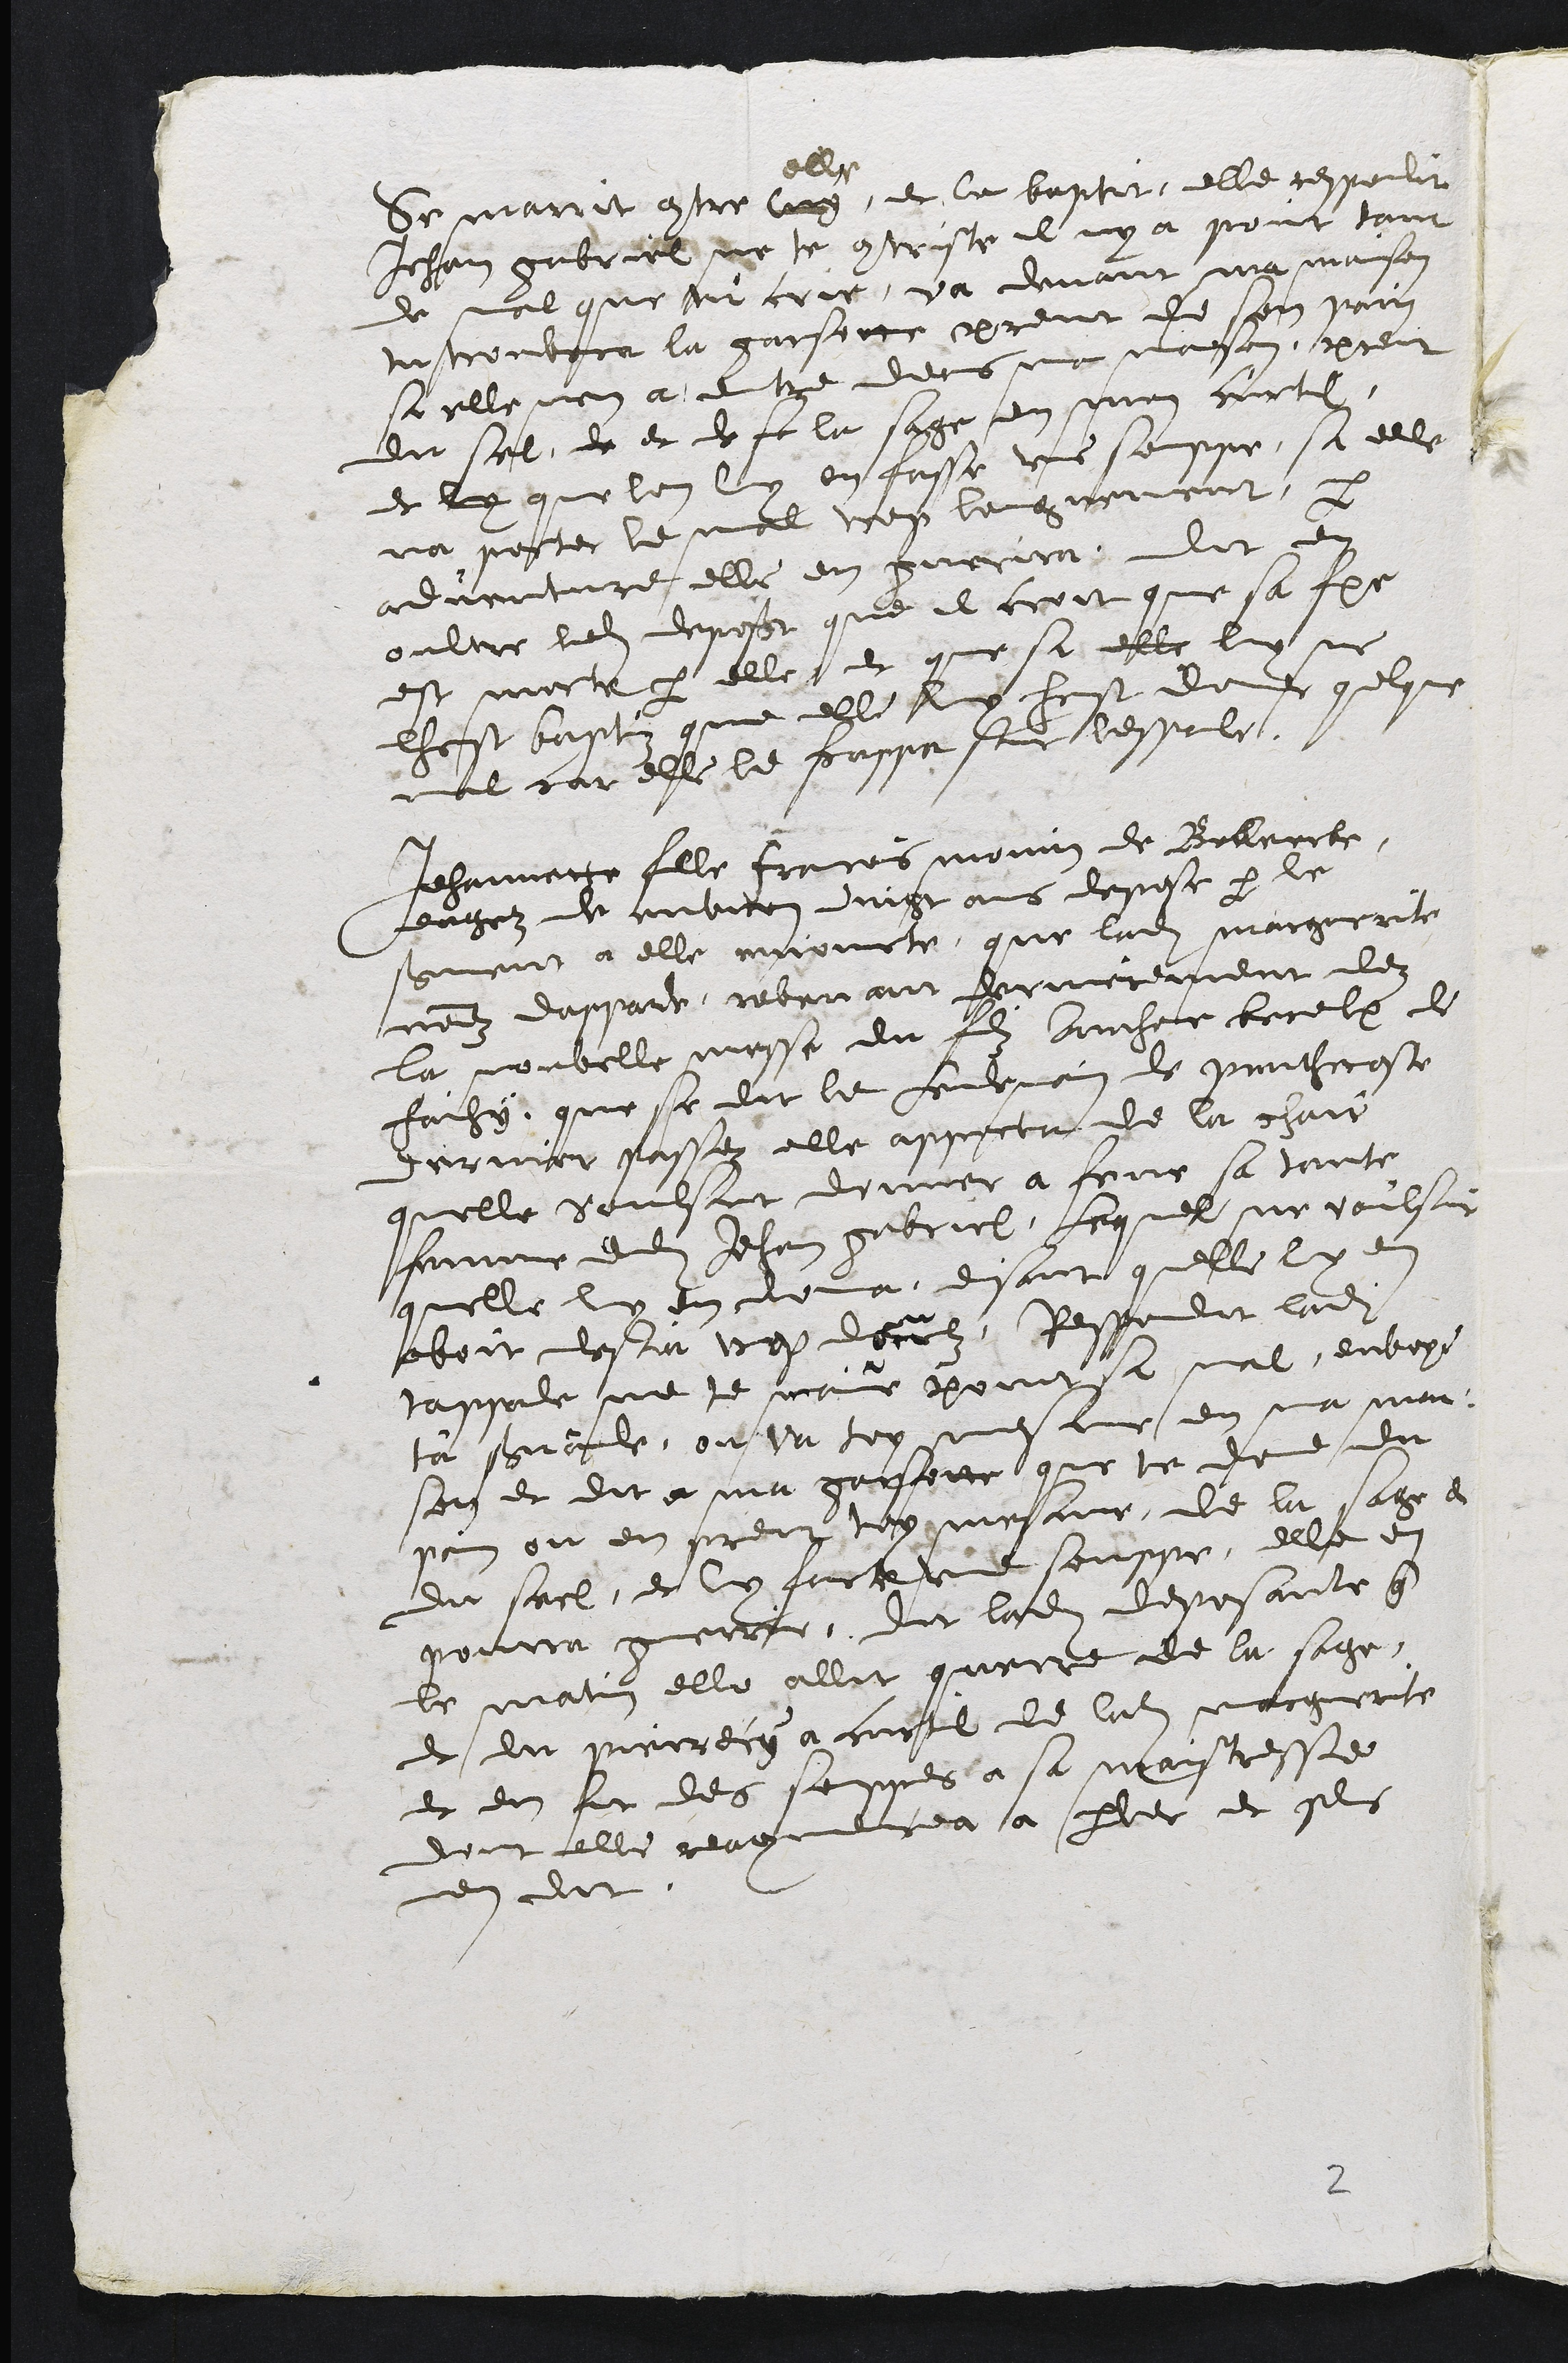
Se marit contre luy
elle
et la baptit, elle respondit
Jehan gabriel ne te contriste il ny a point tant
de mal que tu crie, va devant ma maison
tu trouvera la garsette prent de son pain
si elle nen a entre deans ma maison, prent
du sel de et de se la sage en mon curtil,
et luy que lon luy en fasse une souppe, si elle
na porter le mal trop longuement, par
adventure elle en guerira. dit en
oultre ledit deposant que il croit que sa femme
est morte par elle et que si elle luy ne
lheust baptuz que elle luy heust donne quelque
mal car elle le frappa sur lespaule.
Jehannette fille francois monin de Belleerbe,
eagez de environ vingt ans depose par le
serment a elle enjoincte, que ladite marguerite
nommez dappade, revenant dernierement dez
la nouvelle messe du filz Anthoine bereulx de
Faihy, que se dit le Lendemain de penthecoste
dernier passez elle apporta de la chair
quelle voulsoit donner a frene sa tante
femme dudit Jehan gabriel, Lequel ne voulsut
quelle luy en donna, disant quelle luy en
avoit desjat trop donnez Respondit ladite
tappade ne te maine point si mal, envoye
ta servande, ou va toy mesme en ma mai-
son et dit à ma garsette que te donne du
pain ou en prent toy mesme, de la sage et
du seel, et luy faict une souppe, elle en
pourra guerir, dit ladite deposante que
le matin elle allit querre de la sage,
et du pierrecy a curtil de ladite marguerite
et en fit des souppes a sa maistresse
dont elle reacommencea et a parler et plus
nen dit.